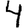
Digit: 4